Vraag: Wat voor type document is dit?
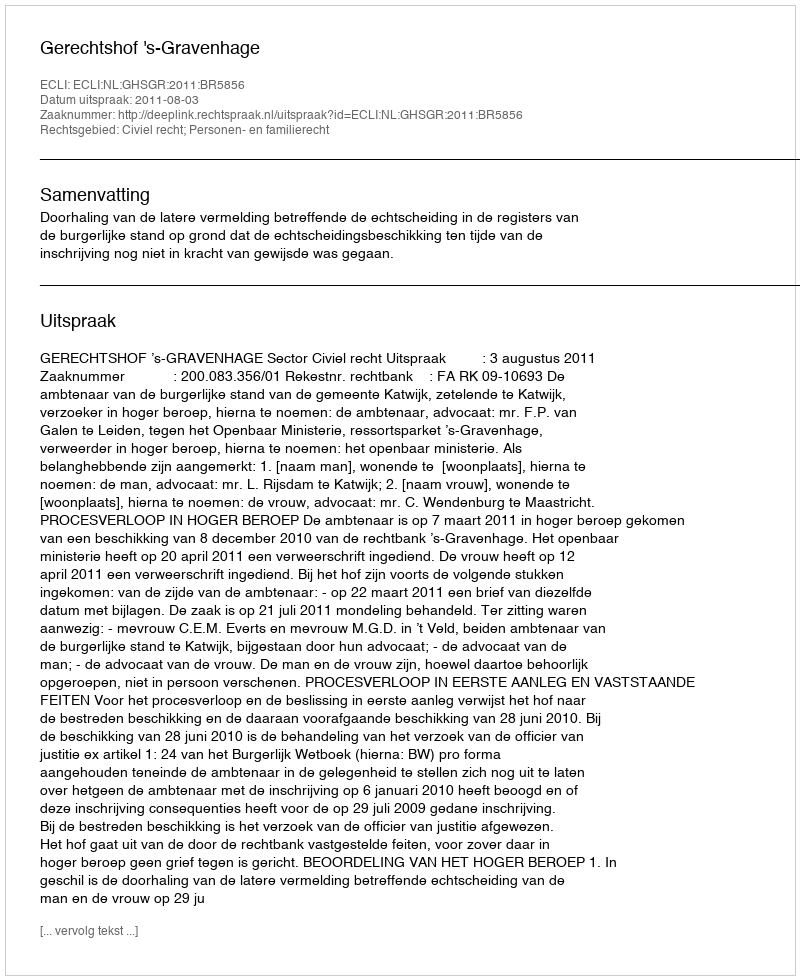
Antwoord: Uitspraak